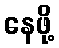
နေဖို့